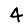
Digit: 4